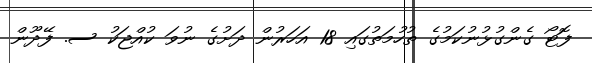
ފޮޓޯ ގެންގުޅުނުކަމުގެ ތުހުމަތުގައި 18 އަހަރުން ދަށުގެ ނުވަ ކުއްޖަކު ސ. ފޭދޫން